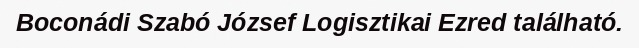
Boconádi Szabó József Logisztikai Ezred található.